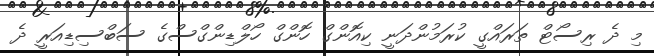
މި ދެ ރިސޯޓް ތަރައްގީ ކުރަމުންދަނީ ކިއޮންގް ހޮންގް ހޯލްޑިންގްސްގެ ސަބްސިޑިއަރީ ދެ